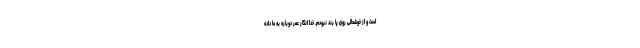
است و از خوشحالی روی پا بند نبودم. خدا انگار عمر دوباره به ما داده